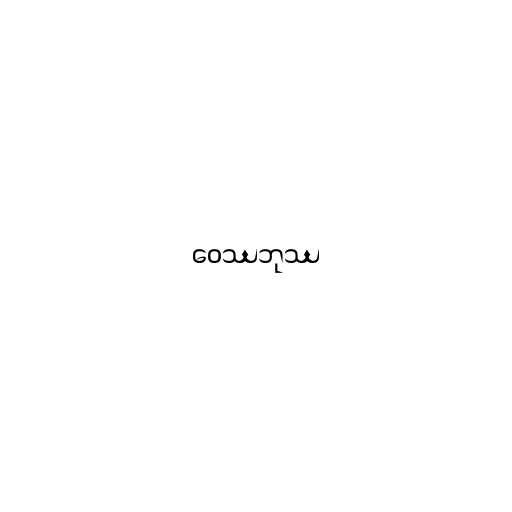
ဝေဿဘုဿ